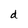
Character: d